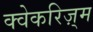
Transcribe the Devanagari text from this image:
क्वेकरिज़्म